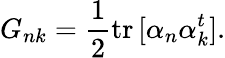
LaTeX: G_{nk}={\frac{1}{2}}\mathrm{tr}\, [\alpha_{n}\alpha_{k}^{t}].